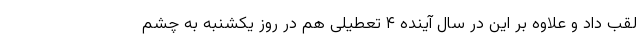
لقب داد و علاوه بر این در سال آینده ۴ تعطیلی هم در روز یکشنبه به چشم